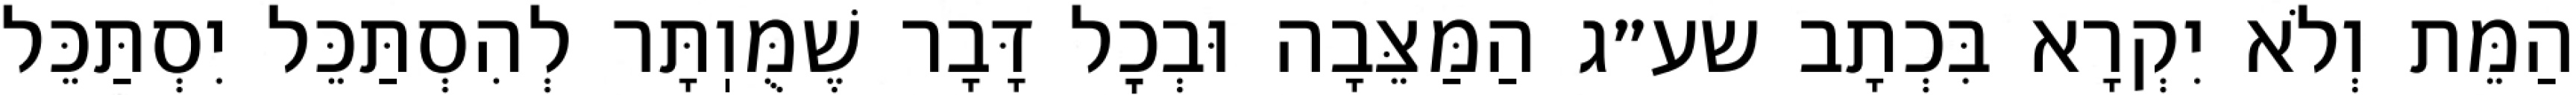
הַמֵּת וְלֹא יִקְרָא בִּכְתָב שע״ג הַמַּצֵּבָה וּבְכׇל דָּבָר שֶׁמֻּוֽתָּר לְהִסְתַּכֵּל יִסְתַּכֵּל